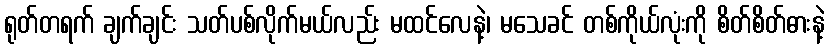
ရုတ်တရက် ချက်ချင်း သတ်ပစ်လိုက်မယ်လည်း မထင်လေနဲ့၊ မသေခင် တစ်ကိုယ်လုံးကို စိတ်စိတ်ဓားနဲ့